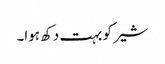
شیر کو بہت دکھ ہوا۔